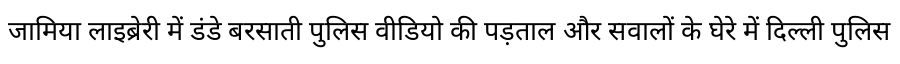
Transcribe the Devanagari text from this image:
जामिया लाइब्रेरी में डंडे बरसाती पुलिस वीडियो की पड़ताल और सवालों के घेरे में दिल्ली पुलिस